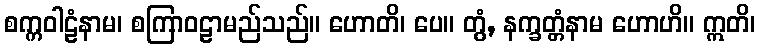
စက္ကဝါဠံနာမ၊ စကြာဝဠာမည်သည်။ ဟောတိ၊ ပေ။ တွံ, နက္ခတ္တံနာမ ဟောဟိ။ ဣတိ၊